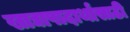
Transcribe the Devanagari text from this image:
खाद्यापादार्थांसाठी